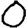
Digit: 0